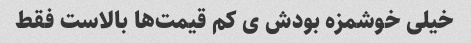
خیلی خوشمزه بودش ی کم قیمت‌ها بالاست فقط